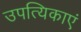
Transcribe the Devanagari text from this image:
उपत्यिकाएं